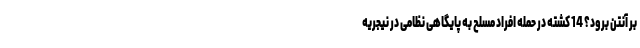
بر آنتن برود؟ 14 کشته در حمله افراد مسلح به پایگاهی نظامی در نیجریه